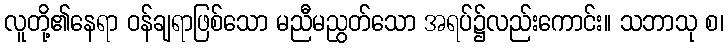
လူတို့၏နေရာ ဝန်ချရာဖြစ်သော မညီမညွတ်သော အရပ်၌လည်းကောင်း။ သဘာသု စ၊